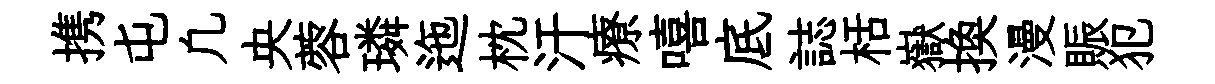
携屯凢央蓉璘迤枕汗療嘻底誌栝嶽换漫賑犯